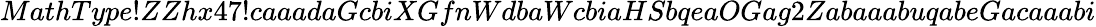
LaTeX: MathType!ZZhx47!caaadaGcbiXGfnWdbaWcbiaHSbqeaOGag2ZabaaabuqabeGacaaabi